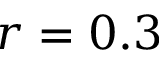
r = 0 . 3